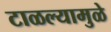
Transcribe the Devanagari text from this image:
टाळल्यामुळे